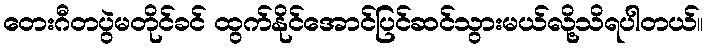
တေးဂီတပွဲမတိုင်ခင် ထွက်နိုင်အောင်ပြင်ဆင်သွားမယ်လို့သိရပါတယ်။